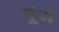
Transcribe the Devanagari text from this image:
गू्ंज